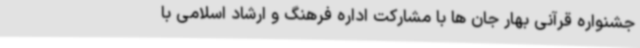
جشنواره قرآنی بهار جان ها با مشارکت اداره فرهنگ و ارشاد اسلامی با